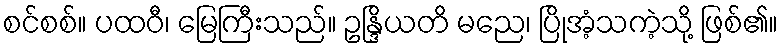
စင်စစ်။ ပထဝီ၊ မြေကြီးသည်။ ဥန္ဒြိယတိ မညေ၊ ပြိုအံ့သကဲ့သို့ ဖြစ်၏။